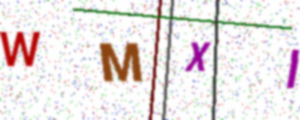
Text: WMXI